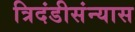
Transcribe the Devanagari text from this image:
त्रिदंडीसंन्यास